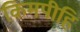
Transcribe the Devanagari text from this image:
किमपीहि